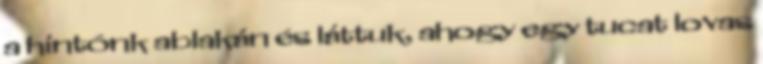
a hintónk ablakán és láttuk, ahogy egy tucat lovas